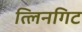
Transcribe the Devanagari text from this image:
त्लिनगिट